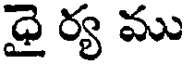
ధై ర్య ము